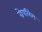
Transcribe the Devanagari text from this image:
ग्रेपलिंग